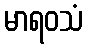
မာရဝသံ